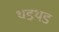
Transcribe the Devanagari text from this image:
थडथड